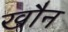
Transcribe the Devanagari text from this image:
खौन